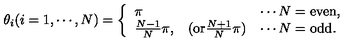
\theta _ { i } ( i = 1 , \cdots , N ) = \left\{ \begin{array} { l c l } { \pi } & { } & { \cdots N = \mathrm { e v e n } , } \\ { { \frac { N - 1 } { N } } \pi , } & { ( \mathrm { o r } { \frac { N + 1 } { N } } \pi ) } & { \cdots N = \mathrm { o d d } . } \\ \end{array} \right.